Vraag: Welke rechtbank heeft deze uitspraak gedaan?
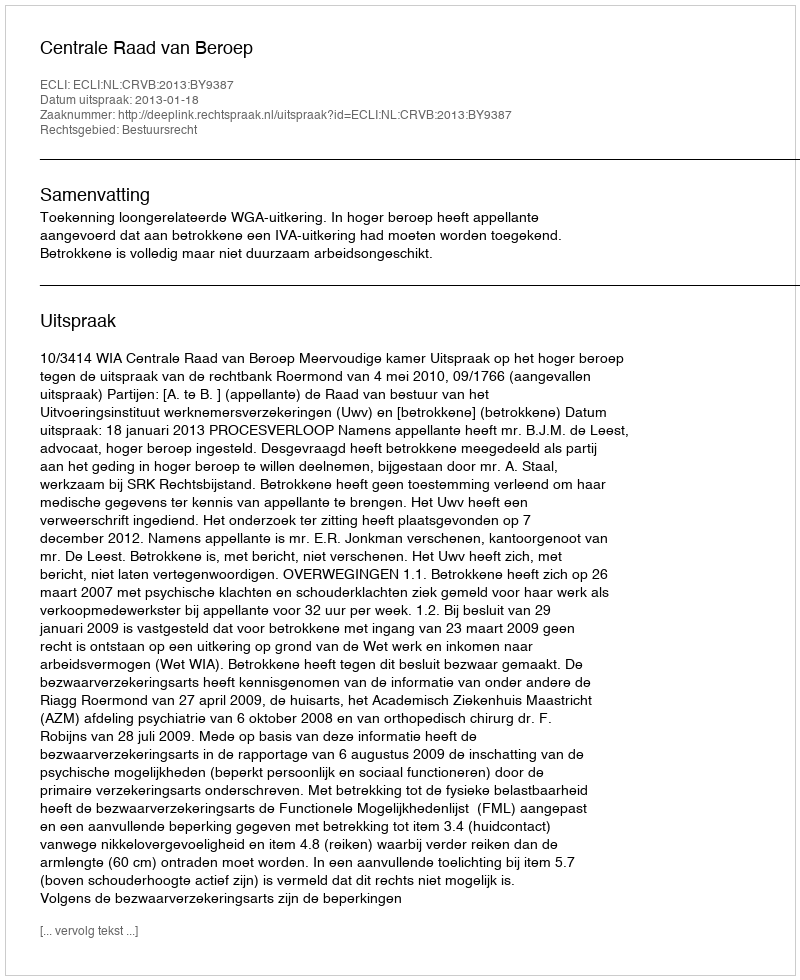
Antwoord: Centrale Raad van Beroep